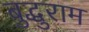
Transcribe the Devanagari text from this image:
बुद्धुराम